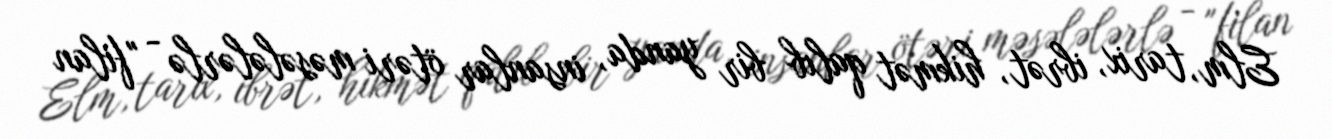
Elm, tarix, ibrət, hikmət qalıb bir yanda, insanlar ötəri məsələlərlə - "filan